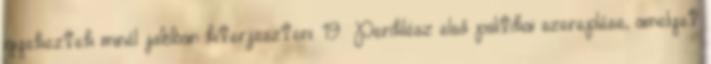
igyekeztek minél jobban kiterjeszteni. 19 Periklész első politikai szereplése, amelyet